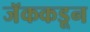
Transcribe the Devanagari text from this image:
जॅककडून